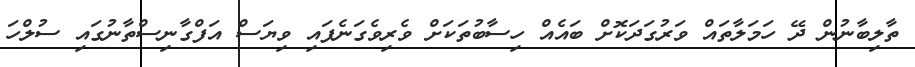
ތާލިބާނުން ދޭ ހަމަލާތައް ވަރުގަދަކޮށް ބައެއް ހިސާބުތަކަށް ވެރިވެގަނެފައި ވިޔަސް އަފްގާނިސްތާނުގައި ސުލްހަ